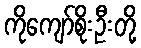
ကိုကျော်စိုးဦးတို့